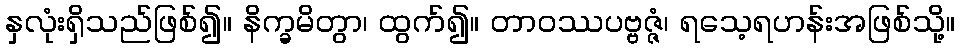
နှလုံးရှိသည်ဖြစ်၍။ နိက္ခမိတွာ၊ ထွက်၍။ တာဝဿပဗ္ဗဇ္ဇံ၊ ရသေ့ရဟန်းအဖြစ်သို့။